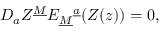
{ D } _ { a } Z ^ { \underline { { M } } } E _ { \underline { { M } } } { } ^ { \underline { { a } } } ( Z ( z ) ) = 0 ,